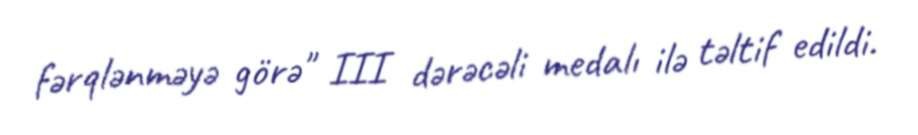
fərqlənməyə görə" III dərəcəli medalı ilə təltif edildi.